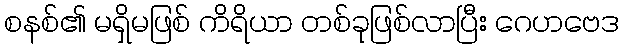
စနစ်၏ မရှိမဖြစ် ကိရိယာ တစ်ခုဖြစ်လာပြီး ဂေဟဗေဒ